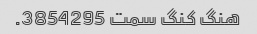
هنگ کنگ سمت 3854295.